system: You are a helpful assistant.
user:
Analyze the provided spectrum to determine if it is a **White Dwarf (WD)**.

A White Dwarf spectrum is defined by its **extreme purity** (due to gravitational settling) and/or **extreme pressure broadening** (due to high surface gravity). You must check for one of the following mutually exclusive signatures:

- **Key Visual Indicators (Check for ONE of these types):**

    - **1. DA-Type Signature (Most Common):**
        - **(Primary Feature):** Extreme pressure broadening (Stark broadening) of the **Hydrogen (H) Balmer lines**.
        - **(Key Lines):** $H\beta$ (approx. $4861$ Å) and $H\gamma$ (approx. $4340$ Å). $H\alpha$ (approx. $6563$ Å) will also be present if the wavelength range covers it.
        - **(Line Profile):** This is the **defining feature**. The lines are **NOT** sharp. They appear as massive, **extremely broad and deep "troughs" or "dips"** in the spectrum, often hundreds of Ångströms wide. The continuum will appear to "scoop" down at these wavelengths.
        - **(Distinction):** Normal A-type or B-type stars have *narrow* and *sharp* Hydrogen lines. A DA White Dwarf's lines are unmistakably "smeared" or "blurry" from pressure.

    - **2. DB-Type Signature:**
        - **(Primary Feature):** Broad absorption lines from **Neutral Helium (He I)**. The spectrum must lack any visible Hydrogen lines.
        - **(Key Lines):** Look for broad absorption near $4471$ Å, $4921$ Å, and $5876$ Å.
        - **(Line Profile):** These lines are also significantly pressure-broadened, appearing much wider than they would in a normal B-type main-sequence star.

    - **3. DC-Type Signature:**
        - **(Primary Feature):** A **featureless continuous spectrum**.
        - **(Line Profile):** The spectrum is a smooth curve with **no significant absorption or emission lines**.
        - **(Key Confirmation):** The continuum is almost always **blue or white**, indicating a hot object. This signature implies the atmosphere is so pure (or so cool) that no spectral lines are visible in the optical range. Its WD identity is confirmed by its extremely low intrinsic brightness (high absolute magnitude).

    - **4. DZ-Type Signature (Metal-Polluted):**
        - **(Primary Feature):** **Isolated, narrow metal absorption lines** on an otherwise featureless (DC-like) continuum.
        - **(Key Lines):** The **Calcium (Ca II) H & K doublet** (approx. **$3934$ Å** and **$3968$ Å**) is the most common and defining feature.
        - **(Line Profile):** These lines are "out of place." They are *not* part of a "forest" of thousands of lines. This signature is evidence of recent *accretion* (pollution) from rocky debris.
        - **(Distinction):** Normal G/K/M stars have a *dense forest* of thousands of metal lines. A DZ has a *clean* continuum with *only a few* strong metal lines.

    - **5. DQ-Type Signature (Carbon-Polluted):**
        - **(Primary Feature):** Absorption bands from **Carbon (C₂ "Swan Bands" or atomic C I)**.
        - **(Key Lines - C₂):** Look for bandheads with a "saw-tooth" shape near $5635$ Å, **$5165$ Å** (strongest), and $4737$ Å.
        - **(Key Confirmation):** The underlying **continuum must be blue or white** (hot).
        - **(Distinction):** This is the critical difference from a **Carbon Star**, which has the *exact same* C₂ bands but on an extremely **red, cool** continuum.

- **(Overall Spectrum):**
    - The continuum (overall shape) is typically **blue-sloping** (brighter in the blue than the red), as most white dwarfs are very hot.
    - The spectrum will look "pure" or "simple," dominated by only *one* of the five signatures listed above.

Think first, call **spectral_visualization_tool** if needed to examine features in detail, then provide your final answer. Your response must adhere to the following strict rules:
1.  **Overall Structure:** Your response must follow the format `<think>...</think> <tool_call>...</tool_call> (if a tool is used) <answer>...</answer>`.
2.  **Tool Usage Constraint:** You may only make **one** tool call per turn.
3.  **Final Answer Format:** In the `<answer>` tag, your conclusion must be inside a `\boxed{}` command (e.g., `\boxed{YES}` or `\boxed{NO}`), followed by your justification.

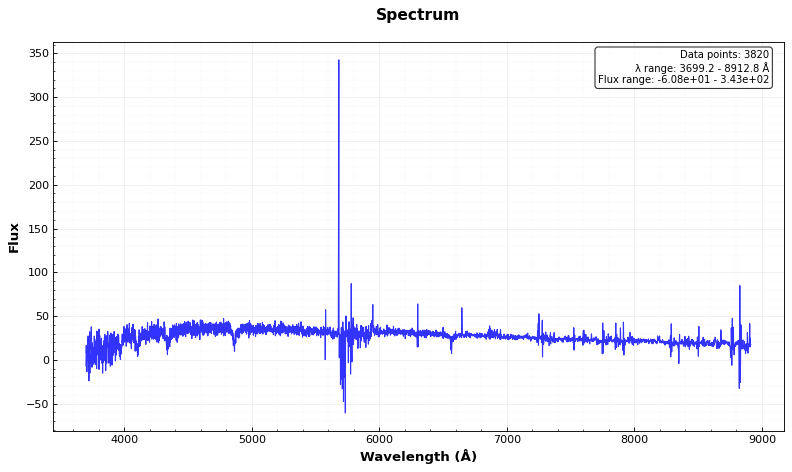
Answer: YES